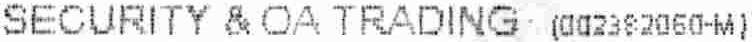
SECURITY & OA TRADING (002382060-M)